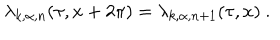
\lambda _ { k , \alpha , n } ( \tau , x + 2 \pi ) = \lambda _ { k , \alpha , n + 1 } ( \tau , x ) ~ .